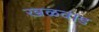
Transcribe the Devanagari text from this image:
खळवाड